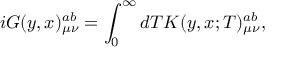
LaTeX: i G ( y , x ) _ { \mu \nu } ^ { a b } = \int _ { 0 } ^ { \infty } { d T K ( y , x ; T ) _ { \mu \nu } ^ { a b } } ,